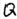
Text: Q